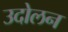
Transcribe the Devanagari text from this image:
उदोलन